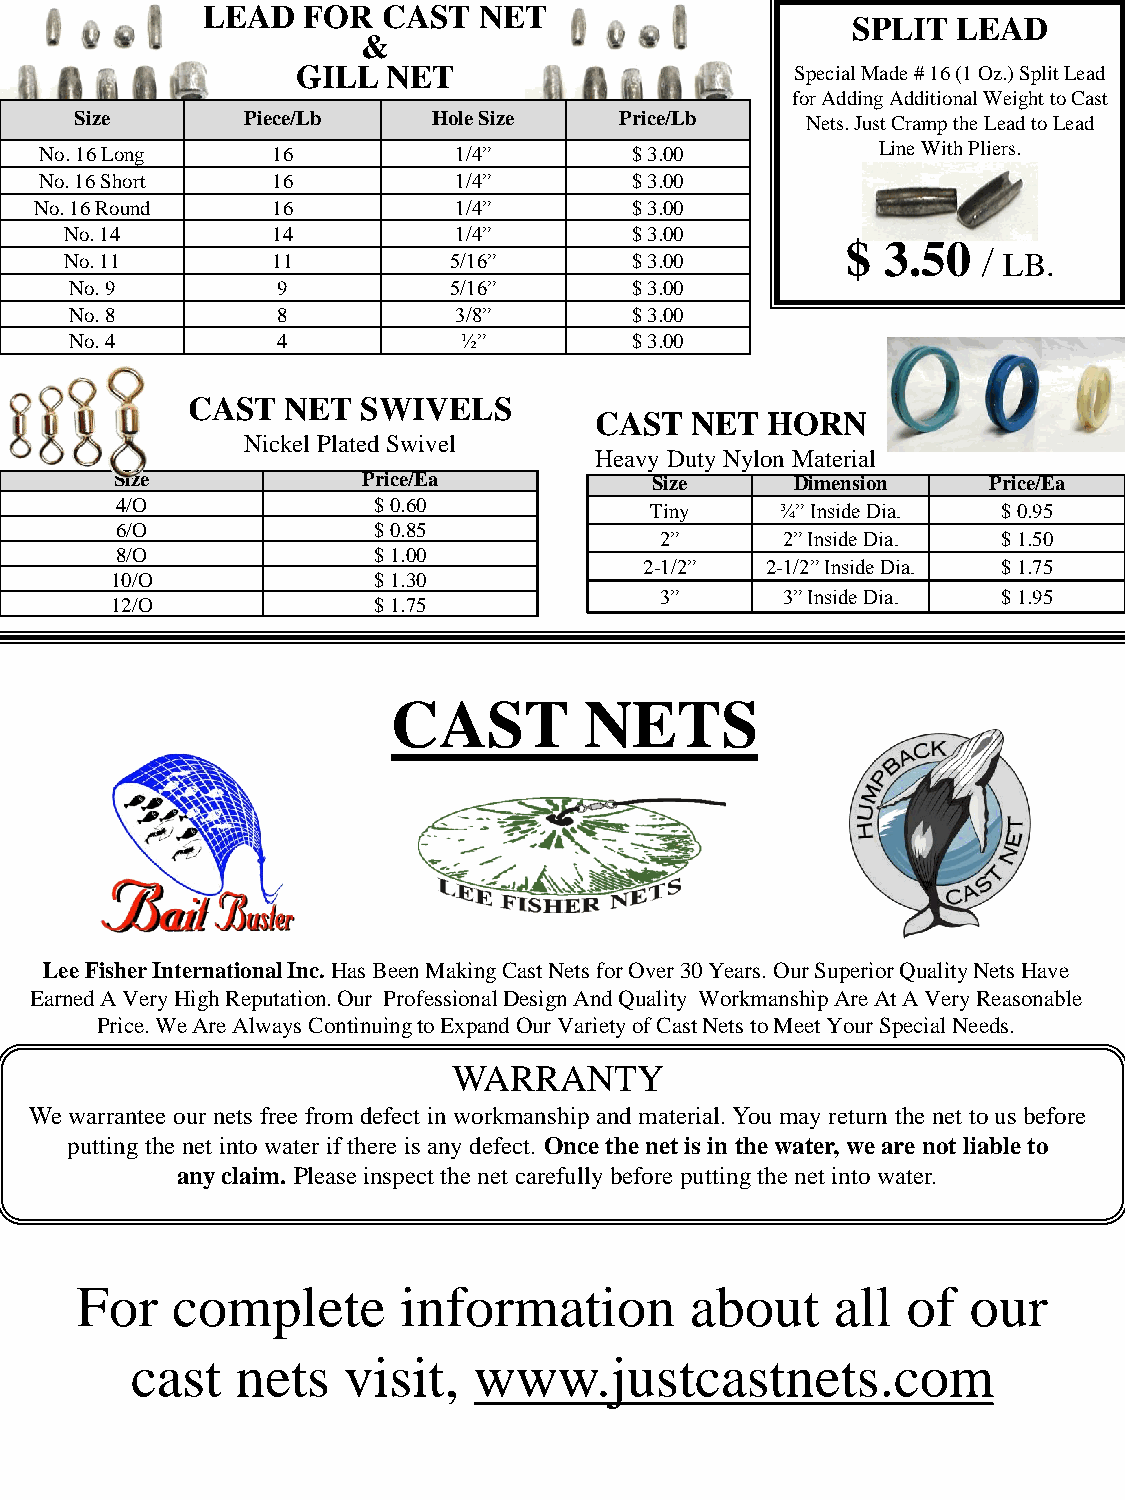
LEAD   FOR  CAST   NET
 SPLIT  LEAD
 &
 GILL  NET                        Special Made # 16 (1 Oz.) Split Lead
 for Adding Additional Weight to Cast
 Size       Piece/Lb     Hole Size   Price/Lb    Nets. Just Cramp the Lead to Lead
 No. 16 Long    16          1/4”        $ 3.00          Line With Pliers.
 No. 16 Short   16          1/4”        $ 3.00
 No. 16 Round    16          1/4”        $ 3.00
 No. 14        14          1/4”        $ 3.00
 $ 3.50
 /
 No. 11        11          5/16”       $ 3.00                  LB.
 No. 9        9           5/16”       $ 3.00
 No. 8        8           3/8”        $ 3.00
 No. 4        4            ½”         $ 3.00
 CAST   NET  SWIVELS
 CAST   NET  HORN
 Nickel Plated Swivel
 Heavy Duty Nylon Material
 Size            Price/Ea           Size      Dimension   Price/Ea
 4/O              $ 0.60            Tiny     ¾” Inside Dia. $ 0.95
 6/O              $ 0.85
 2”      2” Inside Dia. $ 1.50
 8/O              $ 1.00
 2-1/2”  2-1/2” Inside Dia. $ 1.75
 10/O              $ 1.30
 3”      3” Inside Dia. $ 1.95
 12/O              $ 1.75
 CAST         NETS
 Lee Fisher International Inc. Has Been Making Cast Nets for Over 30 Years. Our Superior Quality Nets Have
 Earned A Very High Reputation. Our Professional Design And Quality Workmanship Are At A Very Reasonable
 Price. We Are Always Continuing to Expand Our Variety of Cast Nets to Meet Your Special Needs.
 WARRANTY
 We warrantee our nets free from defect in workmanship and material. You may return the net to us before
 putting the net into water if there is any defect. Once the net is in the water, we are not liable to
 any claim. Please inspect the net carefully before putting the net into water.
 For   complete       information         about    all  of  our
 cast   nets   visit,  www.justcastnets.com